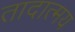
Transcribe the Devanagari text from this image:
तादात्मय